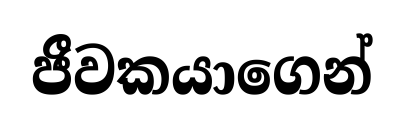
ජීවකයාගෙන්